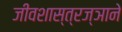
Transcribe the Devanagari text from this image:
जीवशास्त्रज्ञाने